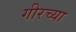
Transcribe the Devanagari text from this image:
गीरच्या